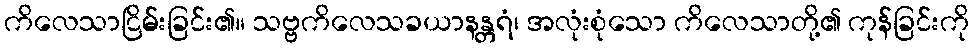
ကိလေသာငြိမ်းခြင်း၏။ သဗ္ဗကိလေသခယာနန္တရံ၊ အလုံးစုံသော ကိလေသာတို့၏ ကုန်ခြင်းကို